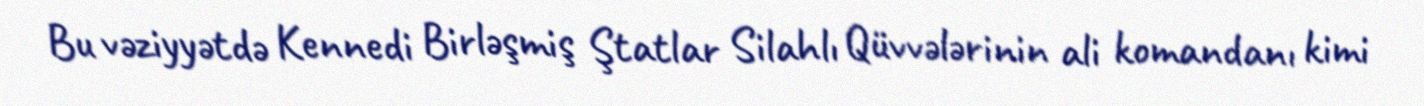
Bu vəziyyətdə Kennedi Birləşmiş Ştatlar Silahlı Qüvvələrinin ali komandanı kimi